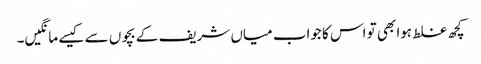
کچھ غلط ہوا بھی تو اس کا جواب میاں شریف کے بچوں سے کیسے مانگیں۔